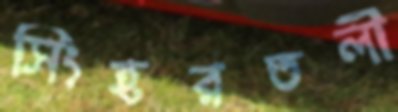
সিংহরতলী